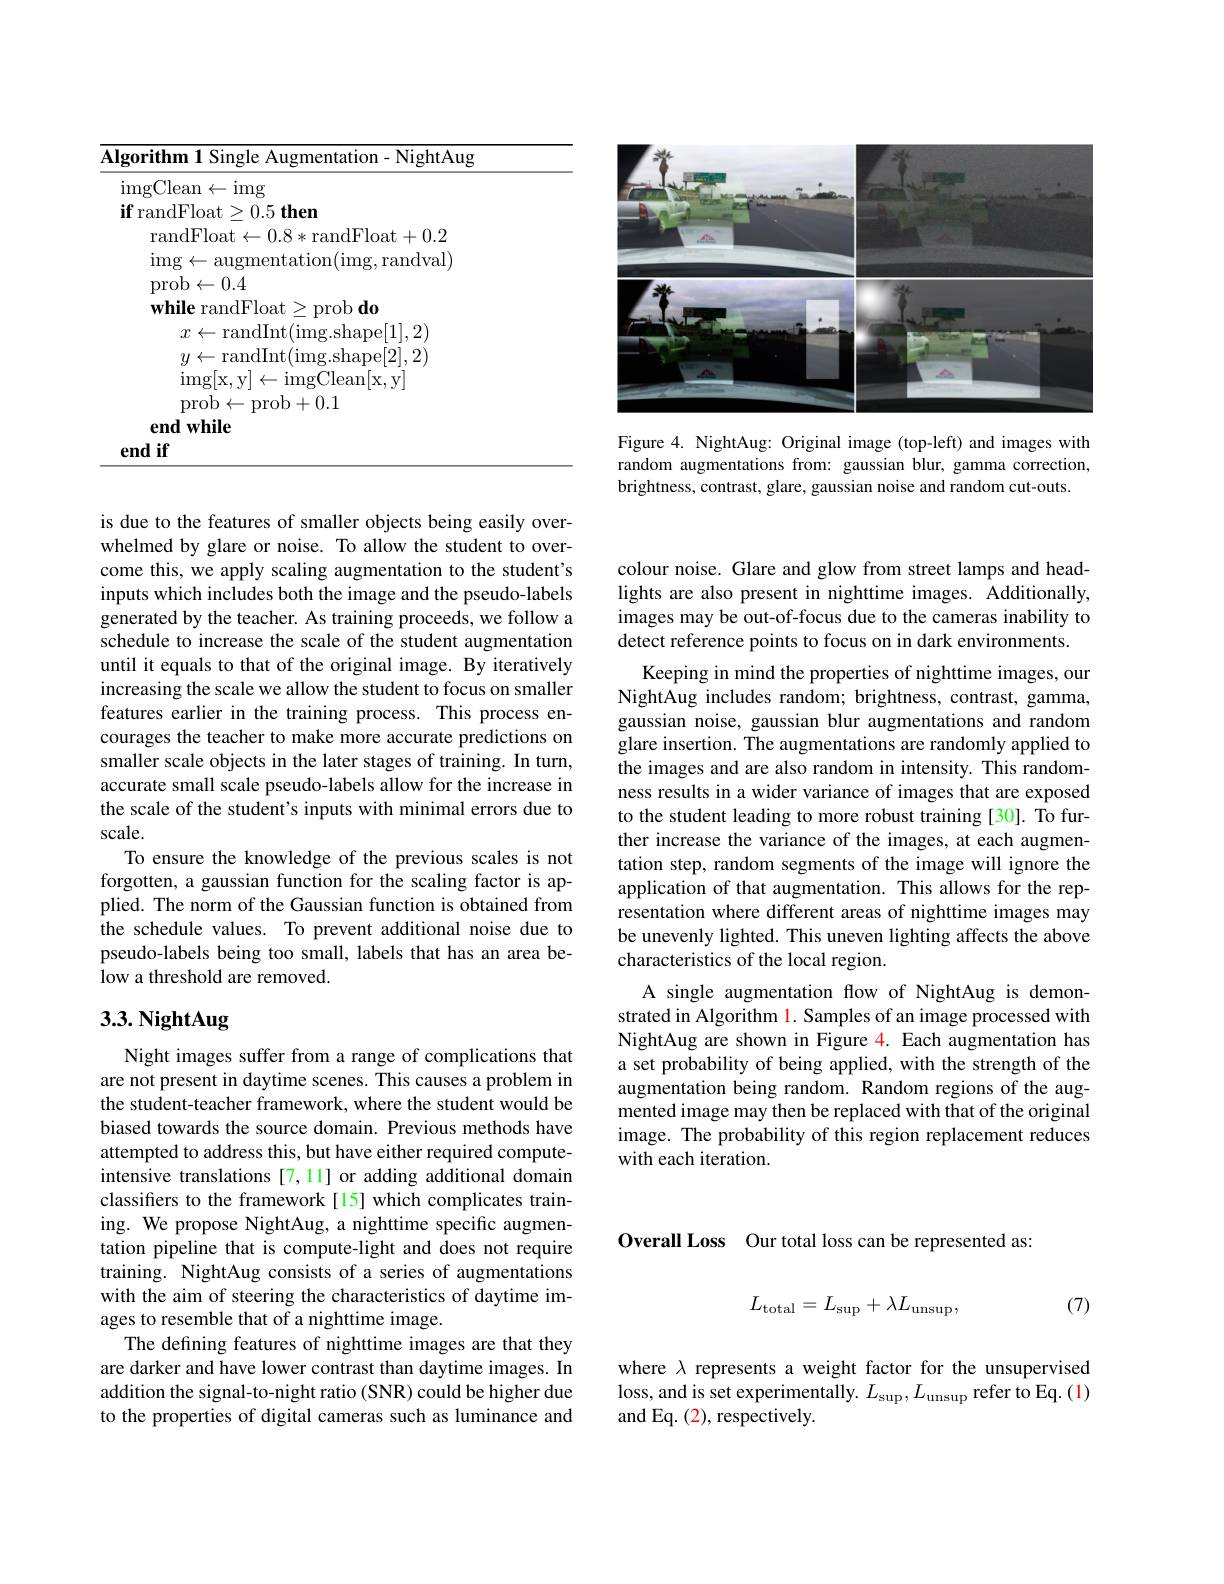
<FigureHere>

Figure 4. NightAug: Original image (top-left) and images with random augmentations from: gaussian blur, gamma correction, brightness, contrast, glare, gaussian noise and random cut-outs

<table>
	<tbody>
		<tr>
			<th>$gc$</th>
			<th>$\mathbf{1}$ Single Augmentation- NightAug</th>
		</tr>
		<tr>
			<td>$\operatorname{in}$ -</td>
			<td>n$\leftarrow$img</td>
		</tr>
		<tr>
			<td> </td>
			<td>$\leftarrow0.4$ randFloat$\geq$prob do</td>
		</tr>
		<tr>
			<td>$\mathbf{er}$</td>
			<td> </td>
		</tr>
	</tbody>
</table>

is due to the features of smaller objects being easily overwhelmed by glare or noise. To allow the student to overcome this, we apply scaling augmentation to the student's inputs which includes both the image and the pseudo-labels generated by the teacher. As training proceeds, we follow a schedule to increase the scale of the student augmentation until it equals to that of the original image. By iteratively increasing the scale we allow the student to focus on smaller features earlier in the training process. This process encourages the teacher to make more accurate predictions on smaller scale objects in the later stages of training. In turn, accurate small scale pseudo-labels allow for the increase in the scale of the student's inputs with minimal errors due to scale.
To ensure the knowledge of the previous scales is not forgotten, a gaussian function for the scaling factor is applied. The norm of the Gaussian function is obtained from the schedule values. To prevent additional noise due to pseudo-labels being too small, labels that has an area below a threshold are removed.

## 3.3. NightAug

Night images suffer from a range of complications that are not present in daytime scenes. This causes a problem in the student-teacher framework, where the student would be biased towards the source domain. Previous methods have attempted to address this, but have either required computeintensive translations [7,11] or adding additional domain classifiers to the framework [15] which complicates training. We propose NightAug, a nighttime specific augmentation pipeline that is compute-light and does not require training. NightAug consists of a series of augmentations with the aim of steering the characteristics of daytime images to resemble that of a nighttime image.
The defining features of nighttime images are that they are darker and have lower contrast than daytime images. In addition the signal-to-night ratio (SNR) could be higher due to the properties of digital cameras such as luminance and

colour noise. Glare and glow from street lamps and headlights are also present in nighttime images. Additionally, images may be out-of-focus due to the cameras inability to detect reference points to focus on in dark environments.

Keeping in mind the properties of nighttime images, our NightAug includes random; brightness, contrast, gamma, gaussian noise, gaussian blur augmentations and random glare insertion. The augmentations are randomly applied to the images and are also random in intensity. This randomness results in a wider variance of images that are exposed to the student leading to more robust training [30]. To further increase the variance of the images, at each augmentation step, random segments of the image will ignore the application of that augmentation. This allows for the representation where different areas of nighttime images may be unevenly lighted. This uneven lighting affects the above characteristics of the local region.
A single augmentation flow of NightAug is demonstrated in Algorithm 1. Samples of an image processed with NightAug are shown in Figure 4. Each augmentation has a set probability of being applied, with the strength of the augmentation being random. Random regions of the augmented image may then be replaced with that of the original image. The probability of this region replacement reduces with each iteration.

Overall Loss Our total loss can be represented as:
$$L_\mathrm{total}=L_\mathrm{sup}+\lambda L_\mathrm{unsup},$$
(7)

where $\lambda$ represents a weight factor for the unsupervised loss, and is set experimentally. $L_\mathrm{sup},L_\mathrm{unsup}$ refer to Eq.(1) and Eq. (2), respectively